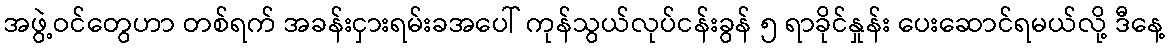
အဖွဲ့ဝင်တွေဟာ တစ်ရက် အခန်းငှားရမ်းခအပေါ် ကုန်သွယ်လုပ်ငန်းခွန် ၅ ရာခိုင်နှုန်း ပေးဆောင်ရမယ်လို့ ဒီနေ့